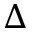
\Delta